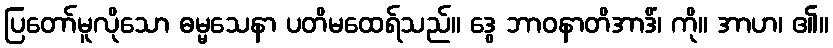
ပြတော်မူလိုသော ဓမ္မသေနာ ပတိမထေရ်သည်။ ဒွေ ဘာဝနာတိအာဒိံ၊ ကို။ အာဟ၊ ၏။